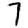
Digit: 7